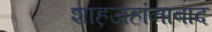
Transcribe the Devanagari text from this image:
शाहजहांनाबाद